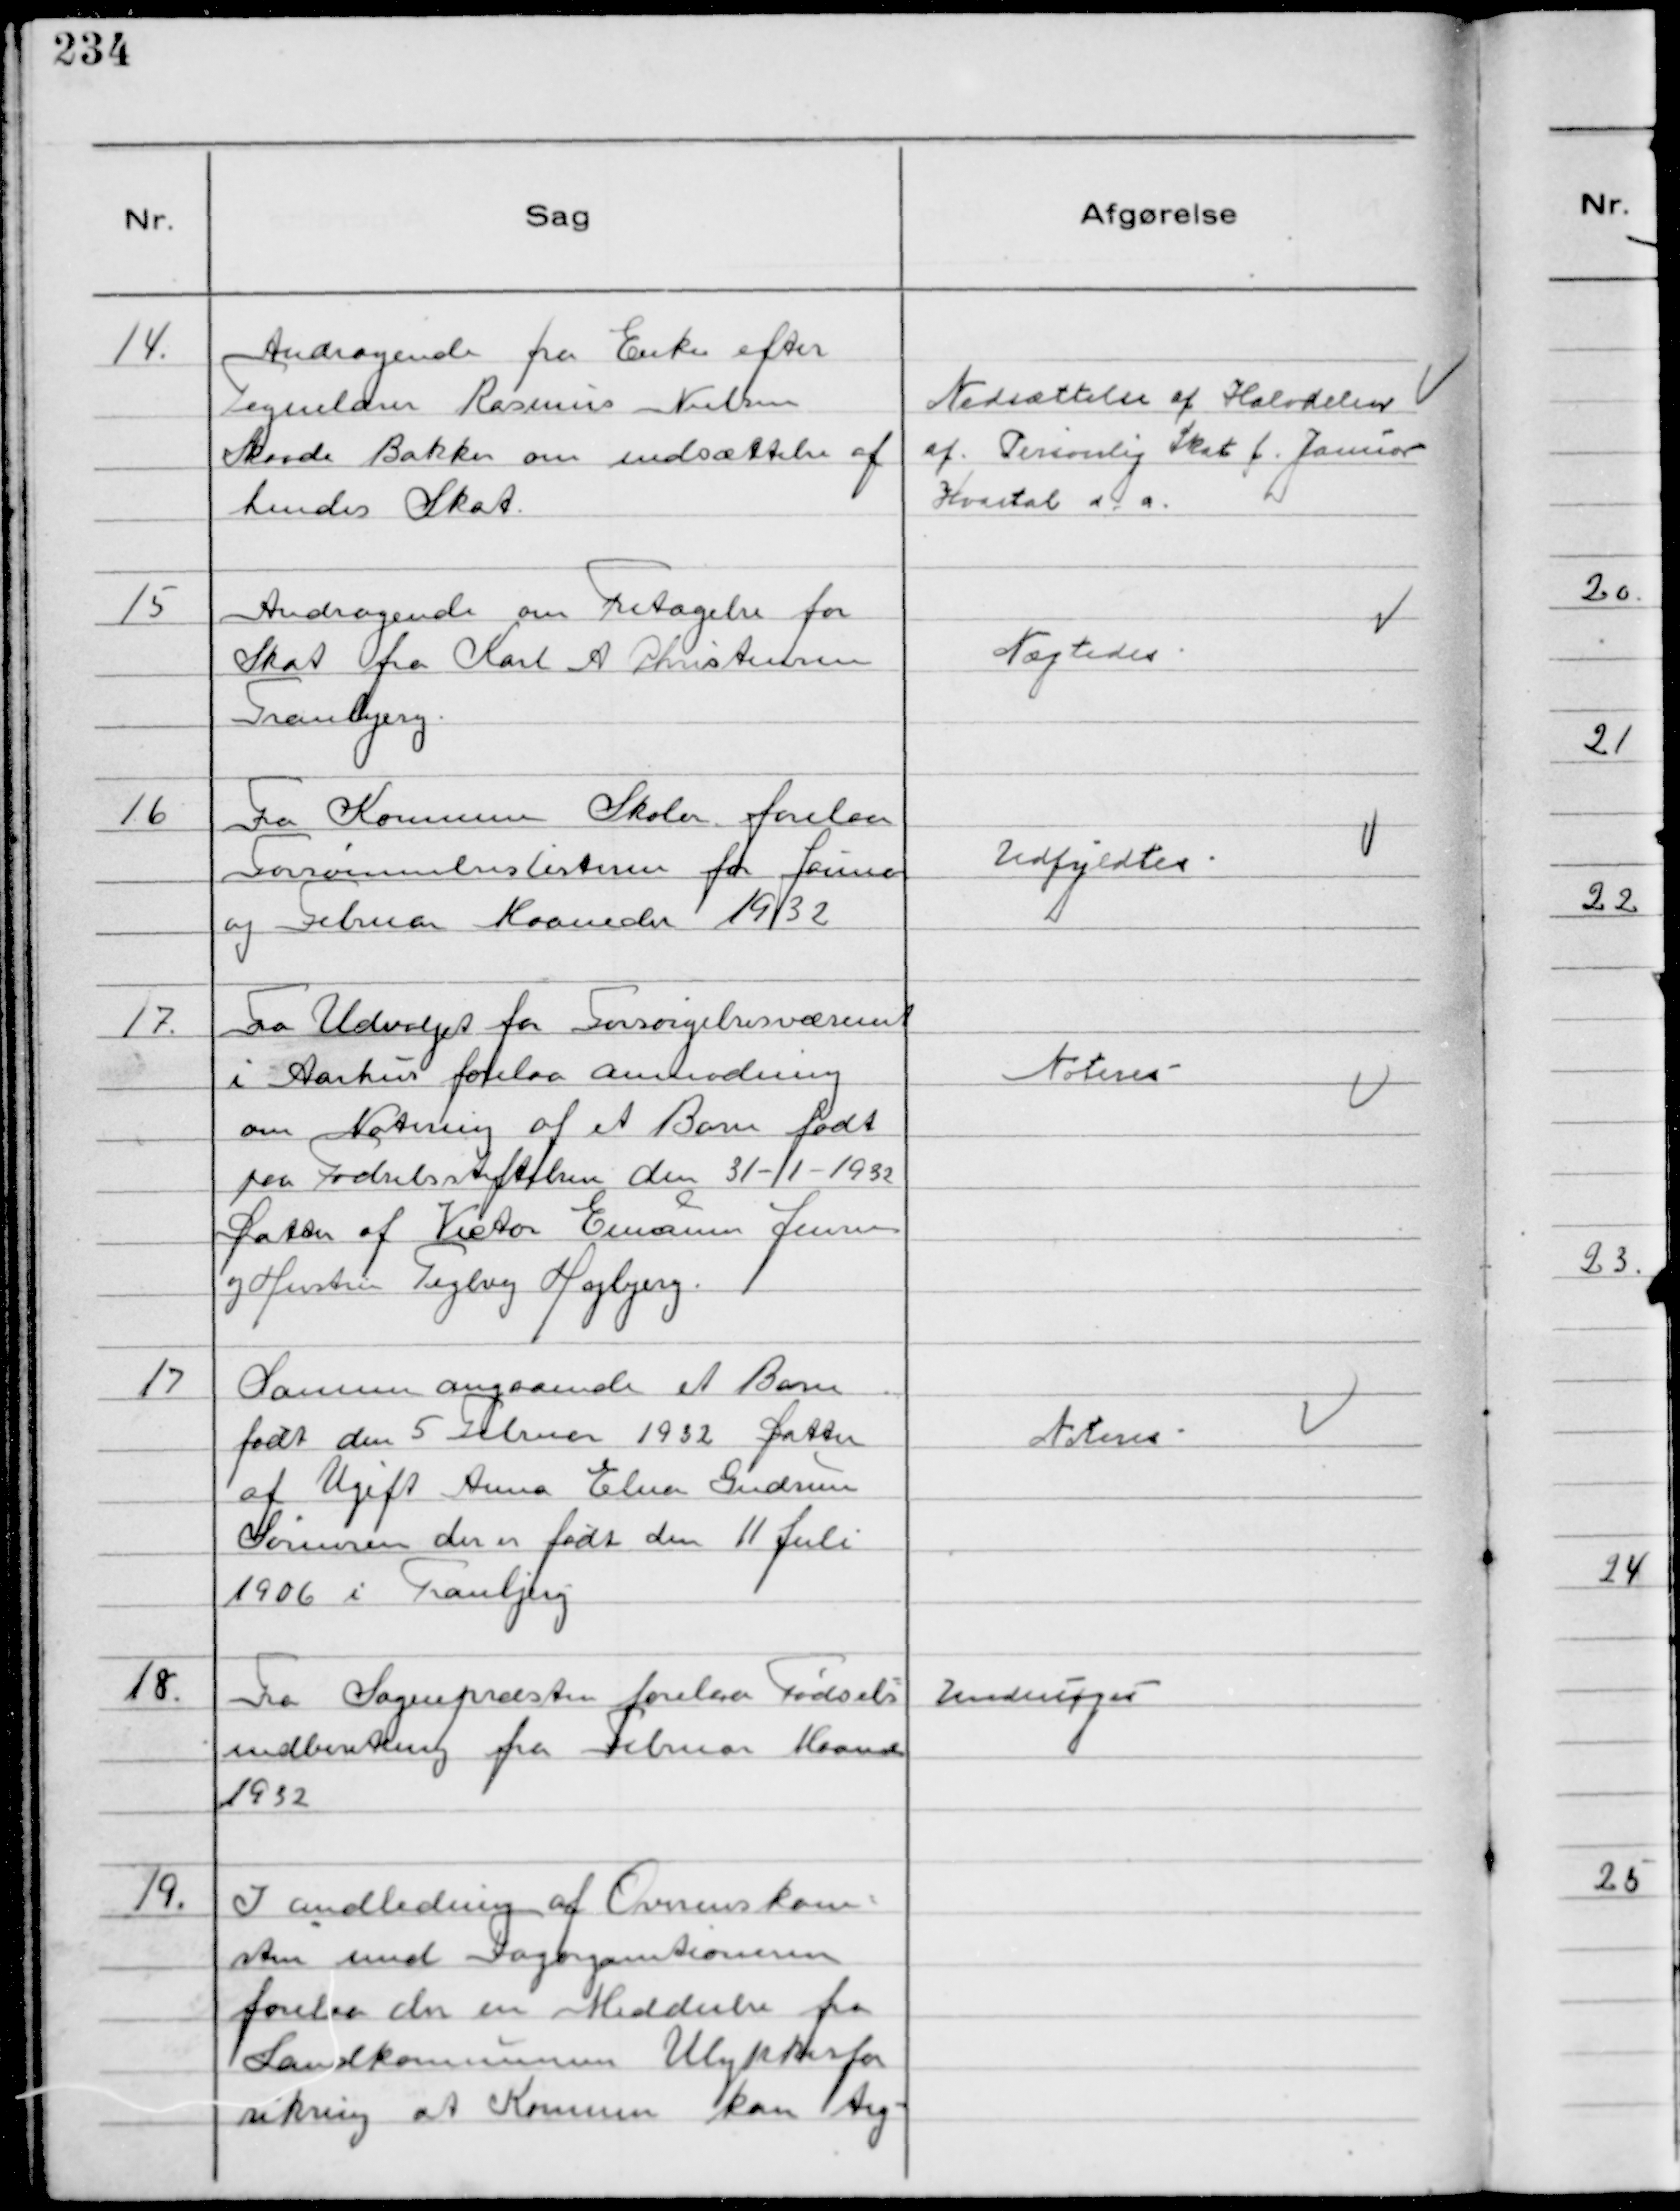
Transskription:
14.
Andragende fra Enke efter
Tegnelærer Rasmus Nielsen
Skaade Bakker om nedsættelse af
hendes Skat.

Nedsættelse af Halvdelen
af Personlig Skat f. Januar
Kvartal d.a.

15
Andragende om Fritagelse for
Skat fra Karl A Christensen
Tranbjerg.

Nægtedes

16
Fra Kommunens Skoler forelaa
Forsømmelseslisterne for Januar
og Februar Maaneder 1932

Udfyldtes

17.
Fra Udvalget for Forsørgelsesvæsenet
i Aarhus forelaa anmodning
om Notering af et Barn født
paa Fødselsstiftelsen den 31-1-1932
Datter af Victor Emanus Jensen
og Hustru Teglvej Højbjerg.

Noteres

17
Samme angaaende et Barn
født de 5 Februar 1931 Datter
af Ugift Anna Elna Gudrun
Sørensen der er født den 11 Juli
1906 i Tranbjerg

Noteres

18.
Fra Sognepræsten forelaa Fødsels-
indberetning fra Februar Maaned
1932

Undersøges

19.
I andledning af Overenskom-
sten med Fagorganitionerne
forelaa der en Meddeelse fra
Landkommunernes Ulykkesfor
sikring at Kommunen kan teg-